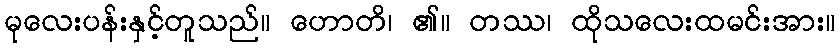
မုလေးပန်းနှင့်တူသည်။ ဟောတိ၊ ၏။ တဿ၊ ထိုသလေးထမင်းအား။